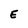
Character: E